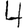
Digit: 4